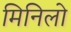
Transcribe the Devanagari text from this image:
मिनिलो